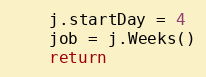
Language: Go
	j.startDay = 4
	job = j.Weeks()
	return